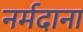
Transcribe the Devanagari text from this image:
नर्मदाना